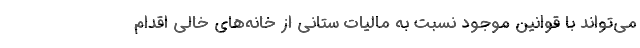
می‌تواند با قوانین موجود نسبت به مالیات ستانی از خانه‌های خالی اقدام